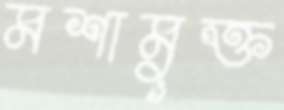
মশামুক্ত